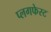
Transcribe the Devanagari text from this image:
प्लगफेस्ट